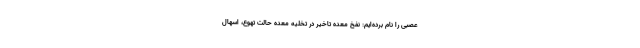
عصبی را نام برده‌ایم: نفخ معده تاخیر در تخلیه معده حالت تهوع، اسهال